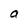
Character: a